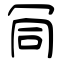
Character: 𠖄